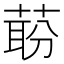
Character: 𬝝